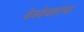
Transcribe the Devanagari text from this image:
देवदेवतांचा